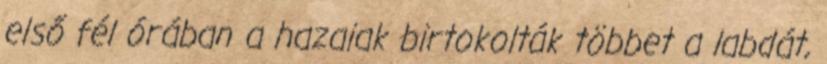
első fél órában a hazaiak birtokolták többet a labdát,